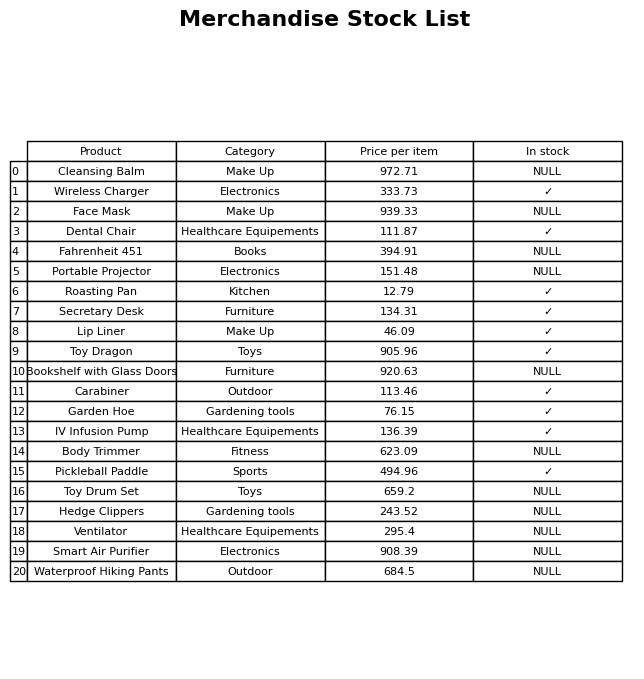
question: What is the price for Lip Liner?
answer: The price of Lip Liner is 46.09.